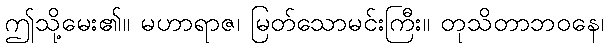
ဤသို့မေး၏။ မဟာရာဇ၊ မြတ်သောမင်းကြီး။ တုသိတာဘဝနေ၊